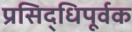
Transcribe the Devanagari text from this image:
प्रसिद्धिपूर्वक